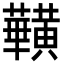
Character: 𪏥